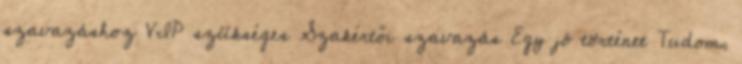
szavazáshoz VIP szükséges Szakértői szavazás Egy jó történet Tudom,